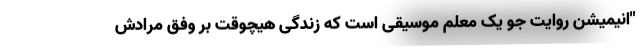
"انیمیشن روایت جو یک معلم موسیقی است که زندگی هیچوقت بر وفق مرادش